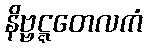
နိဗ္ဗဋ္ဋတေလကံ